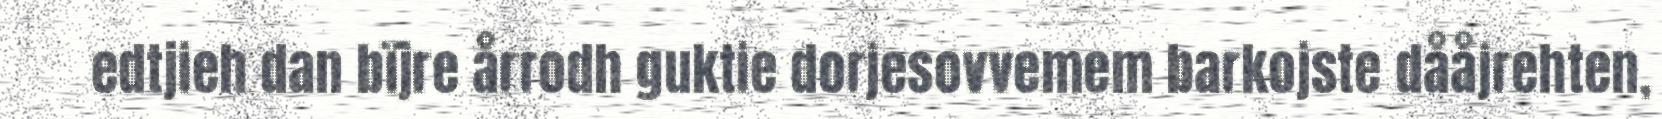
edtjieh dan bïjre årrodh guktie dorjesovvemem barkojste dååjrehten,